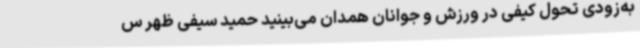
به‌زودی تحول کیفی در ورزش و جوانان همدان می‌بینید حمید سیفی ظهر س